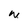
Character: W